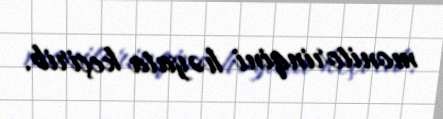
monitorinqini həyata keçirib.